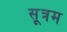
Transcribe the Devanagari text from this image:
सूत्रम